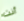
أنت